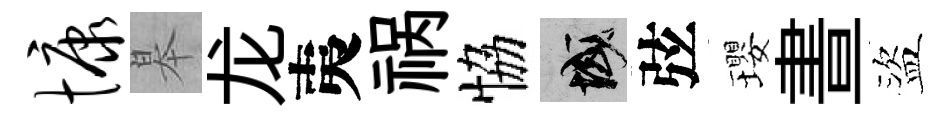
慷皋龙夷祸恊域弦瓔晝盜